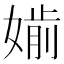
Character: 𡠔